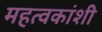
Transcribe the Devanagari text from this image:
महत्वकांशी